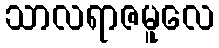
သာလရာဇမူလေ